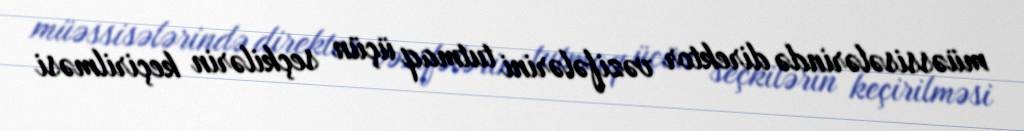
müəssisələrində direktor vəzifələrini tutmaq üçün seçkilərin keçirilməsi